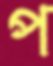
প